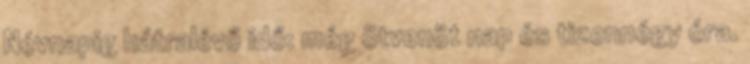
Névnapig hátralévő idő: még ötvenöt nap és tizennégy óra.